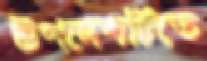
উপদেশটিতে